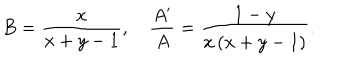
B = \frac { x } { x + y - 1 } , \quad \frac { A ^ { \prime } } { A } = \frac { 1 - y } { x \left( x + y - 1 \right) } .